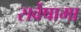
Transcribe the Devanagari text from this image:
सर्वेषामा